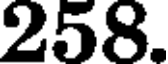
258.